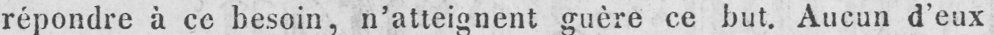
répondre à ce besoin, n’atteignent guère ce but. Aucun d’eux